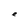
Character: e